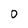
Character: o